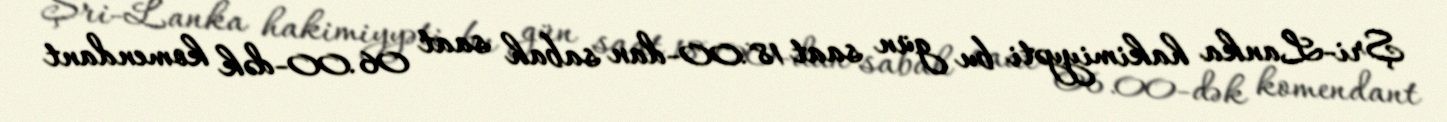
Şri-Lanka hakimiyyəti bu gün saat 18.00-dan sabah saat 06.00-dək komendant